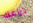
ذراعك